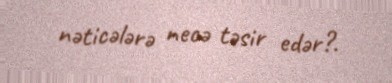
nəticələrə necə təsir edər?.